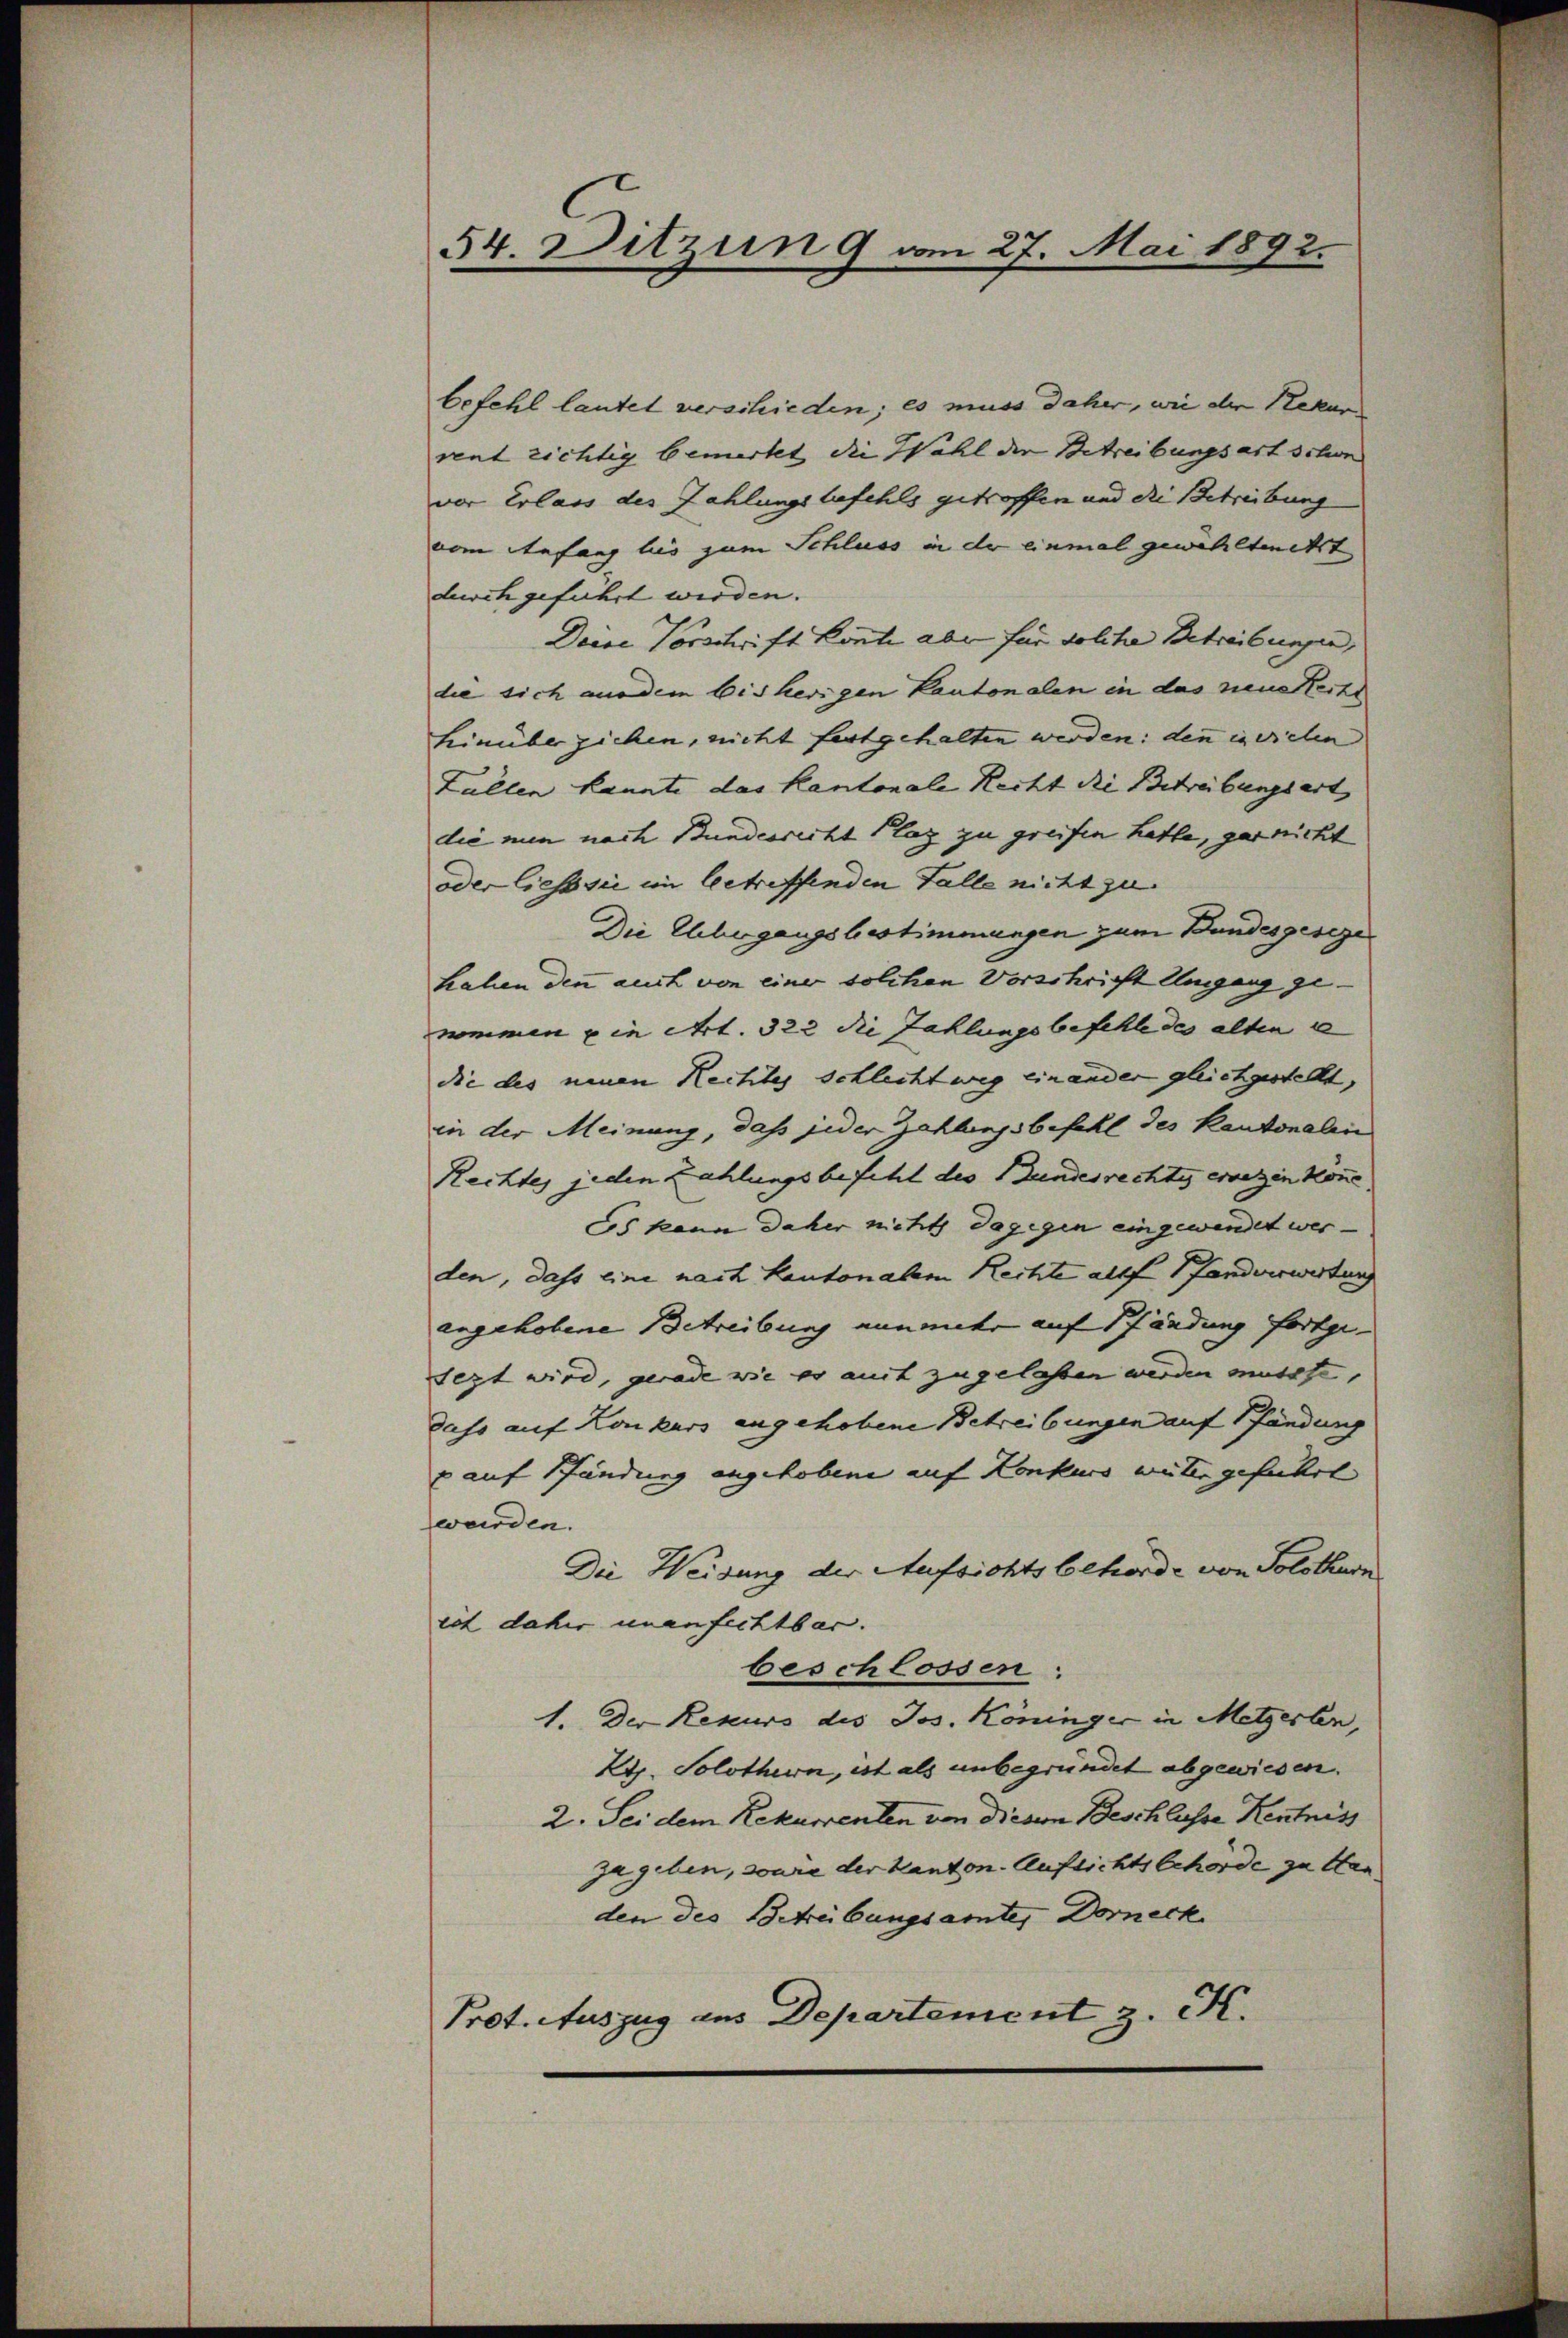
54. Ditzun 9 vom 27. Mai 1892.

befehl lautet verschieden; es muss daher, wie der Rekur
vent richtig bemerkt, die Wahl der Betreibungsart schon
vor Erlass des Zahlungsbefehls getroffen und die Betreibung
vom Anfang bis zum Schluss in der einmal gewählteckt
durch gefährt werden.
Deise Vorschrift könte aber für solche Betreibungen, |
die sich ausdem bisherigen Kantonalen in das neue Recht
hinüber ziehen, nicht fortgehalten werden: denn in vielen
Zallen kannte das Kantonale Recht die Betreibungsart, |
die nun nach Bundesricht Plag zu greifen hatte, gernicht
oder liess sie im betreffenden Falle nicht zu
Die Elbergangsbestimmungen zum Bundesgesege
hahen den auch von einer solchen Vorschricht Umgang ge-
nommen in Art. 322 die Zahlungsbefehle des alten e
die des neuen Rechtes schlechtweg einander gleichgestellt,
in der Meinung, daß jeder Zahlungsbefehl des Kantonalen
Rechtes jeden Zahlungsbefehl des Bundesrechtes ersezen könne.
Es kann daher nicht dagegen eingewendet werden, dass eine nach Kantonalen Rechte allf Pfandverwertung
angehobene Betreibung einunter auf Pfändung fortge-
sezt wird, gerade wie es aut zugelassen werden musste,
dass auf Konkurs angehobene Betreibungen auf Pfändung
 auf Pfändung angehobene auf Konkurs weiter geführt
wurden.
Die Weisung der Aufsichtsbehörde von Solothurn
ist daher unanfechtbar.
beschlossen:
1. Der Rekurs des Jos. Köninger in Metzerlen,
Kt. Solothurn, ist als unbegründet abgewiesen.
2. Sei dem Rekurrenten von Diesem Beschlusse Kentniss
ja geben, sowie der kanton. Aufsichtsbehörde zu Han
den des Schreibungsamte, Dorneck
Prot. Auszug aus Departement z. K.